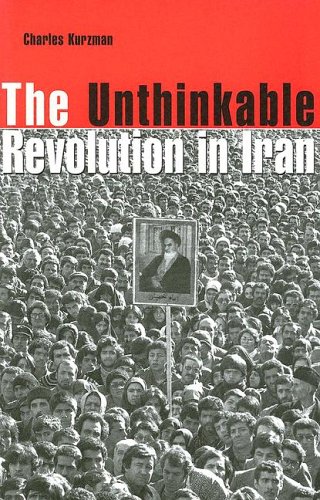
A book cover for The Unthinkable Revolution in Iran; Charles Kurzman; History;